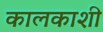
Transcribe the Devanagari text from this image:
कालकाशी